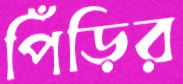
পিঁড়ির